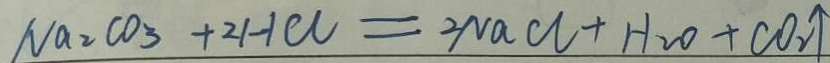
N a _ { 2 } C O _ { 3 } + 2 H C l = 2 N a C l + H _ { 2 } O + C O _ { 2 } \uparrow